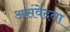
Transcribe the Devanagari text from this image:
असंवेदना